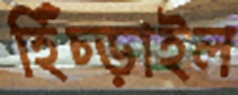
হিঁচ্‌ড়াইল